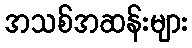
အသစ်အဆန်းများ